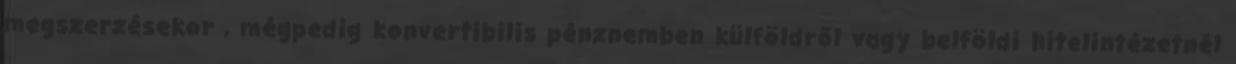
megszerzésekor , mégpedig konvertibilis pénznemben külföldről vagy belföldi hitelintézetnél